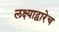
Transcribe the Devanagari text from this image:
लक्ष्याद्वारेच